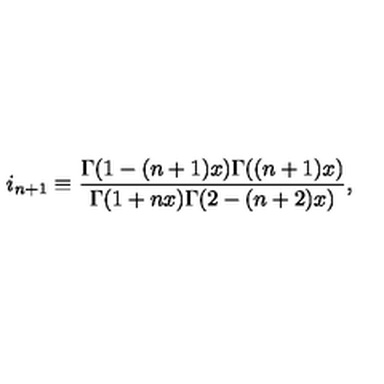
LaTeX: i _ { n + 1 } \equiv \frac { \Gamma ( 1 - ( n + 1 ) x ) \Gamma ( ( n + 1 ) x ) } { \Gamma ( 1 + n x ) \Gamma ( 2 - ( n + 2 ) x ) } ,